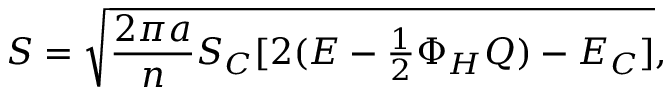
S = \sqrt { { \frac { 2 \pi a } { n } } S _ { C } [ 2 ( E - \textstyle { \frac { 1 } { 2 } } \Phi _ { H } Q ) - E _ { C } ] } ,